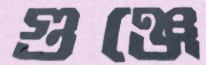
গুঞ্জে